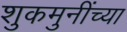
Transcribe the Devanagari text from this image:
शुकमुनींच्या